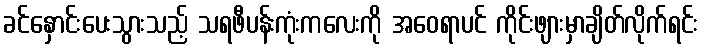
ခင်နှောင်းပေးသွားသည့် သရဖီပန်းကုံးကလေးကို အဝေရာပင် ကိုင်းဖျားမှာချိတ်လိုက်ရင်း